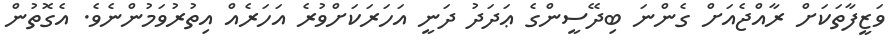
ވަޒީފާތަކަށް ރާއްޖެއަށް ގެންނަ ބިދޭސީންގެ ޢަދަދު ދަނީ އަހަރަކަށްވުރެ އަހަރެއް އިތުރުވަމުންނެވެ. އެގޮތުން